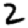
Digit: 2